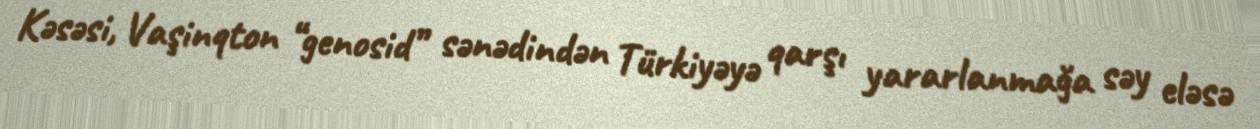
Kəsəsi, Vaşinqton “genosid” sənədindən Türkiyəyə qarşı yararlanmağa səy eləsə